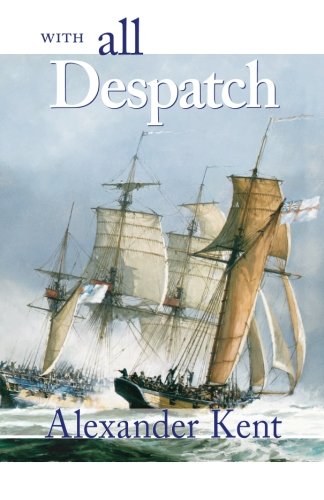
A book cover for With All Despatch (The Bolitho Novels) (Volume 8); Alexander Kent; Literature & Fiction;